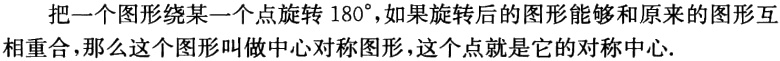
把一个图形绕某一个点旋转 \(180^{\circ}\)，如果旋转后的图形能够和原来的图形互相重合，那么这个图形叫做中心对称图形，这个点就是它的对称中心.